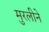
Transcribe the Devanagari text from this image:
मुरलीने